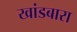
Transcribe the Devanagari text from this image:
खांडबारा